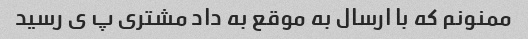
ممنونم که با ارسال به موقع به داد مشتری پ ی رسید